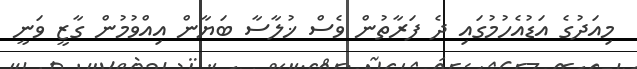
މިއަދުގެ އަޑުއެހުމުގައި ދެ ފަރާތުން ވެސް ޚުލާސާ ބަޔާން އިއްވުމުން ގާޒީ ވަނީ